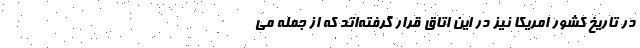
در تاریخ کشور امریکا نیز در این اتاق قرار گرفته‌اتد که از جمله می